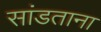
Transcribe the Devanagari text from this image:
सांडताना